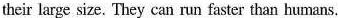
their large size. They can run faster than humans.